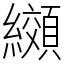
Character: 纐